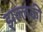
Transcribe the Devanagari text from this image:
झल्लकी